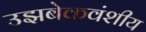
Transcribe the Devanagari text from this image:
उझबेकवंशीय